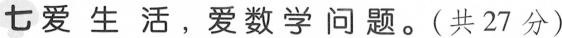
七爱生活，爱数学问题。(共27分)